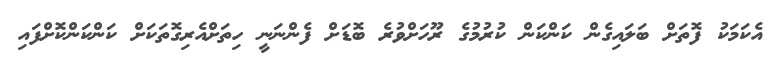
އެކަމަކު ފޮތަށް ބަލައިގެން ކަންކަން ކުރުމުގެ ރޫހަށްވުރެ ބޮޑަށް ފެންނަނީ ހިތަށްއެރިގޮތަކަށް ކަންކަންކޮށްފައި